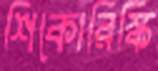
শিকোরিস্কি